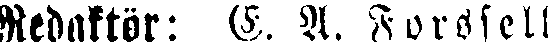
Redaktör: E. A. Forssell